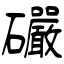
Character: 礹